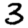
Digit: 3